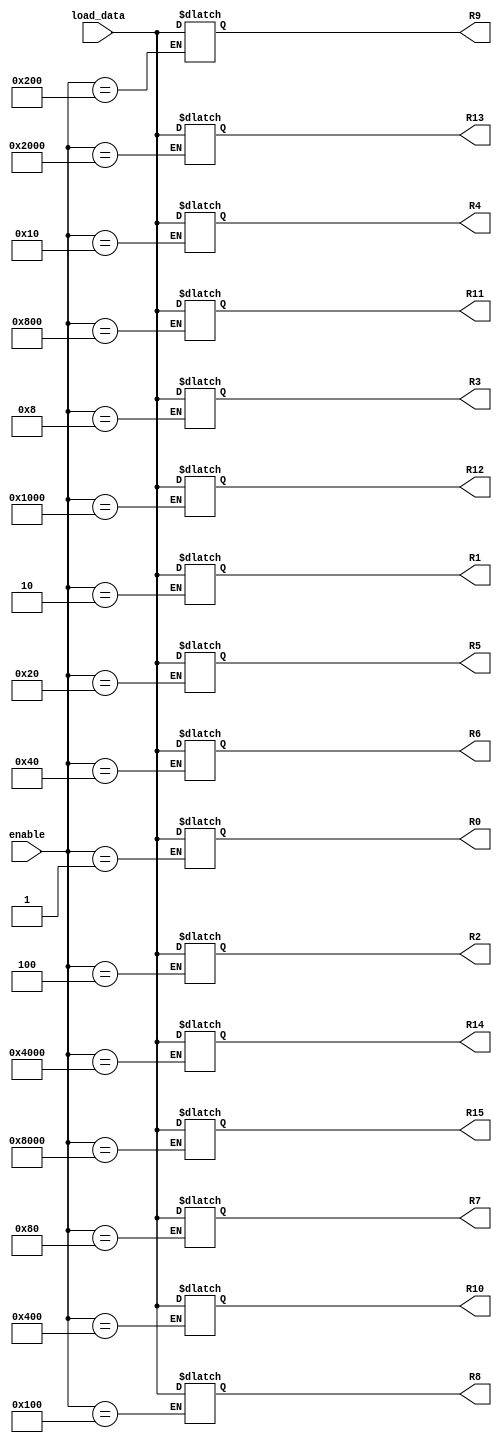

// enable: 16 bit input where only one bit should be a 1, indicating which register is enabled for saving data to. Wire
// this to the output of the 4 to 16 decoder.

// load_data: 32 bit value that comes from the LDR MUX. This value is placed in the enabled register. Wire this to the
// output of the LDR MUX.

// R0-R15: 32 bit registers that hold various values (PC, values, etc.). Wire these to the inputs of the source MUXs.

module register_bank (
    load_data, enable,
    R0, R1, R2, R3, R4, R5, R6, R7, R8, R9, R10, R11, R12, R13, R14, R15
    );

    input [15:0] enable;
    input [31:0] load_data;
    output reg [31:0] R0, R1, R2, R3, R4, R5, R6, R7, R8, R9, R10, R11, R12, R13, R14, R15;

    always @ *
    begin
        case (enable)
            16'd1: R0 = load_data;
            16'd2: R1 = load_data;
            16'd4: R2 = load_data;
            16'd8: R3 = load_data;
            16'd16: R4 = load_data;
            16'd32: R5 = load_data;
            16'd64: R6 = load_data;
            16'd128: R7 = load_data;
            16'd256: R8 = load_data;
            16'd512: R9 = load_data;
            16'd1024: R10 = load_data;
            16'd2048: R11 = load_data;
            16'd4096: R12 = load_data;
            16'd8192: R13 = load_data;
            16'd16384: R14 = load_data;
            16'd32768: R15 = load_data;
            default:;
        endcase
    end
endmodule